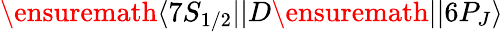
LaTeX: \ensuremath{\langle 7S_{1/2}||}D\ensuremath{||6P_{J}\rangle}